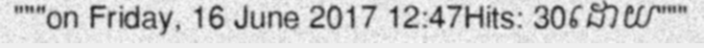
"""on Friday, 16 June 2017 12:47Hits: 30ដោយ"""